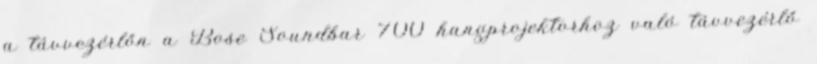
a távvezérlőn a Bose Soundbar 700 hangprojektorhoz való távvezérlő